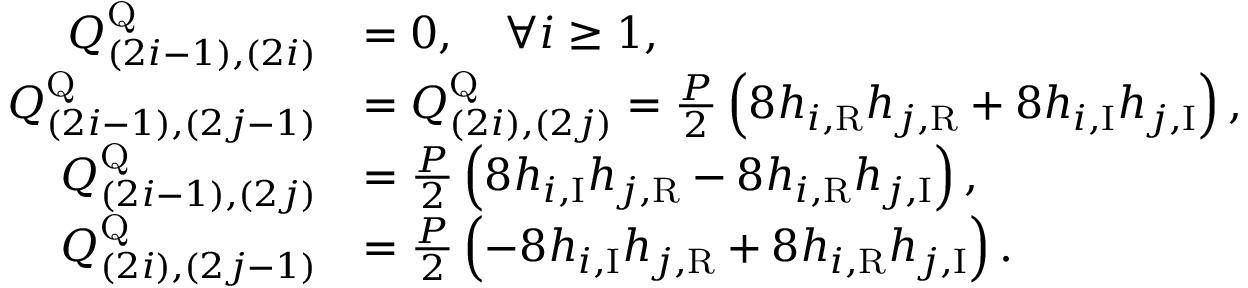
\begin{array} { r l } { Q _ { ( 2 i - 1 ) , ( 2 i ) } ^ { \mathrm { Q } } } & { = 0 , \quad \forall i \ge 1 , } \\ { Q _ { ( 2 i - 1 ) , ( 2 j - 1 ) } ^ { \mathrm { Q } } } & { = Q _ { ( 2 i ) , ( 2 j ) } ^ { \mathrm { Q } } = \frac { P } { 2 } \left( 8 h _ { i , \mathrm { R } } h _ { j , \mathrm { R } } + 8 h _ { i , \mathrm { I } } h _ { j , \mathrm { I } } \right) , } \\ { Q _ { ( 2 i - 1 ) , ( 2 j ) } ^ { \mathrm { Q } } } & { = \frac { P } { 2 } \left( 8 h _ { i , \mathrm { I } } h _ { j , \mathrm { R } } - 8 h _ { i , \mathrm { R } } h _ { j , \mathrm { I } } \right) , } \\ { Q _ { ( 2 i ) , ( 2 j - 1 ) } ^ { \mathrm { Q } } } & { = \frac { P } { 2 } \left( - 8 h _ { i , \mathrm { I } } h _ { j , \mathrm { R } } + 8 h _ { i , \mathrm { R } } h _ { j , \mathrm { I } } \right) . } \end{array}